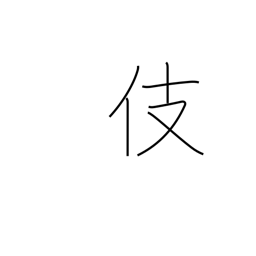
Meaning: skill